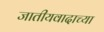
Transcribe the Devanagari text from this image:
जातीयवादाच्या